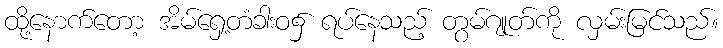
ထို့နောက်တော့ အိမ်ရှေ့တံခါးဝ၌ ရပ်နေသည့် တွမ်ဂျုတ်ကို လှမ်းမြင်သည်။